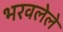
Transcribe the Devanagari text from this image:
भरवलेले